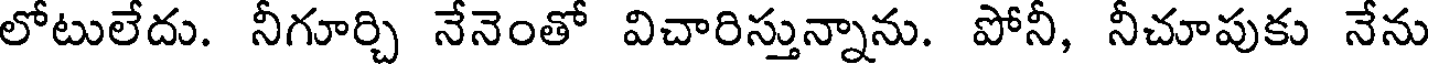
లోటులేదు. నీగూర్చి నేనెంతో విచారిస్తున్నాను. పోనీ, నీచూపుకు నేను